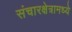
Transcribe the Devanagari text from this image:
संचारक्षेत्रामध्ये